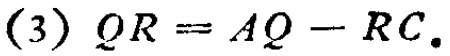
(3) \(QR = AQ - RC\).